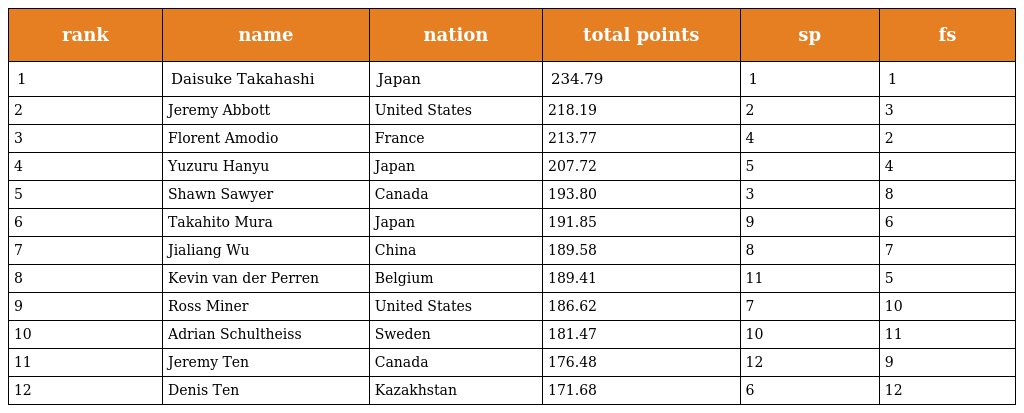
| rank | name | nation | total points | sp | fs |
 | --- | --- | --- | --- | --- | --- |
 | 1 | Daisuke Takahashi | Japan | 234.79 | 1 | 1 |
 | 2 | Jeremy Abbott | United States | 218.19 | 2 | 3 |
 | 3 | Florent Amodio | France | 213.77 | 4 | 2 |
 | 4 | Yuzuru Hanyu | Japan | 207.72 | 5 | 4 |
 | 5 | Shawn Sawyer | Canada | 193.80 | 3 | 8 |
 | 6 | Takahito Mura | Japan | 191.85 | 9 | 6 |
 | 7 | Jialiang Wu | China | 189.58 | 8 | 7 |
 | 8 | Kevin van der Perren | Belgium | 189.41 | 11 | 5 |
 | 9 | Ross Miner | United States | 186.62 | 7 | 10 |
 | 10 | Adrian Schultheiss | Sweden | 181.47 | 10 | 11 |
 | 11 | Jeremy Ten | Canada | 176.48 | 12 | 9 |
 | 12 | Denis Ten | Kazakhstan | 171.68 | 6 | 12 |